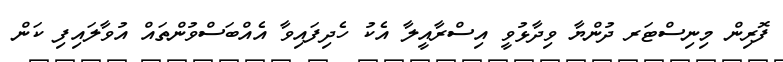
ފޮރިން މިނިސްޓަރ ދުންޔާ ވިދާޅުވީ އިސްރާއީލާ އެކު ހެދިފައިވާ އެއްބަސްވުންތައް އުވާލައިފި ކަން